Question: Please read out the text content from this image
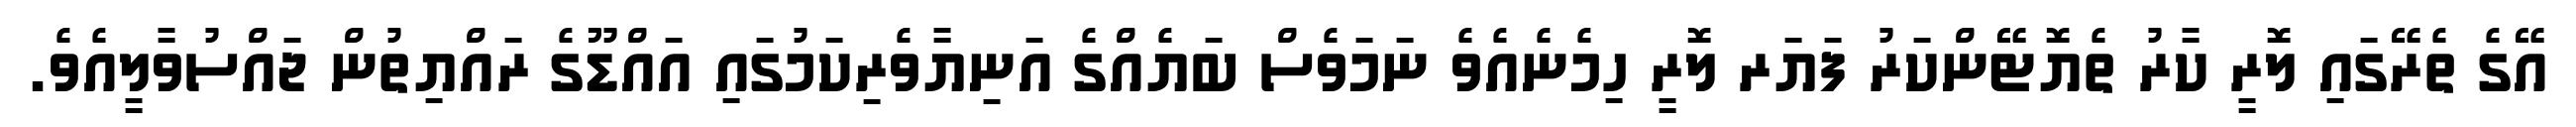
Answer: އޭގެ ތެރޭގައި ލޮރީ ކާރު ތެޔޮޓޭންކަރު ފަޔަރ ލޮރީ ހިމެނެއެވެ ނަމަވެސް ބަޔެއްގެ އަނިޔާވެރިކަމުގައި އައްޑޫގެ ރައްޔިތުން ޖައްސުވާލީއެވެ.